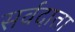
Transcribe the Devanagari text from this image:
सर्वदाता